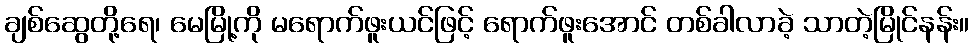
ချစ်ဆွေတို့ရေ၊ မေမြို့ကို မရောက်ဖူးယင်ဖြင့် ရောက်ဖူးအောင် တစ်ခါလာခဲ့ သာတဲ့မြိုင်နန်း။